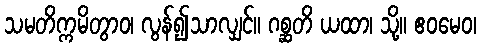
သမတိက္ကမိတွာဝ၊ လွန်၍သာလျှင်။ ဂစ္ဆတိ ယထာ၊ သို့။ ဧဝမေဝ၊